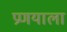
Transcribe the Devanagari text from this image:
प्रणयाला